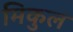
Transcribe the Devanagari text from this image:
मिकुल